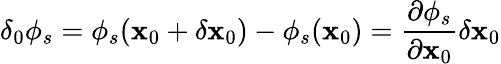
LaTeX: \delta_{0}\phi_{s}=\phi_{s}(\mathbf{x}_{0}+\delta\mathbf{x}_{0})-\phi_{s}(\mathbf{x}_{0})=\frac{{\partial\phi_{s}}}{{\partial\mathbf{x}_{0}}}\delta\mathbf{x}_{0}